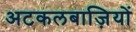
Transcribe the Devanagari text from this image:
अटकलबाज़ियों